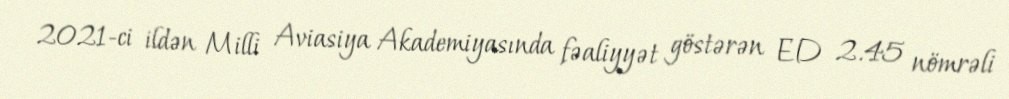
2021-ci ildən Milli Aviasiya Akademiyasında fəaliyyət göstərən ED 2.45 nömrəli